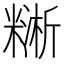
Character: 𥼔